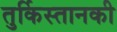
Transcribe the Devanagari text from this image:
तुर्किस्तानकी